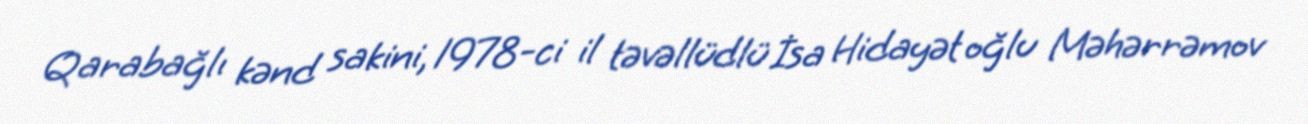
Qarabağlı kənd sakini, 1978-ci il təvəllüdlü İsa Hidayət oğlu Məhərrəmov